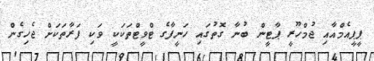
ޕީޕީއެމްއާއި ޖުމްހޫރީ ޕާޓީން ބުނާ ގޮތުގައި ހަނީފާގެ ޓްވީޓްތަކަކީ ވަކި ފަރާތަކަށް ޖެހިގެން